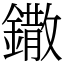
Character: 鏾